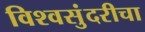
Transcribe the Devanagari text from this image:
विश्वसुंदरीचा